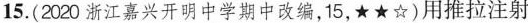
15.(2020浙江嘉兴开明中学期中改编，15，★★☆)用推拉注射